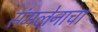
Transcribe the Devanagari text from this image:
संमलेनाचा